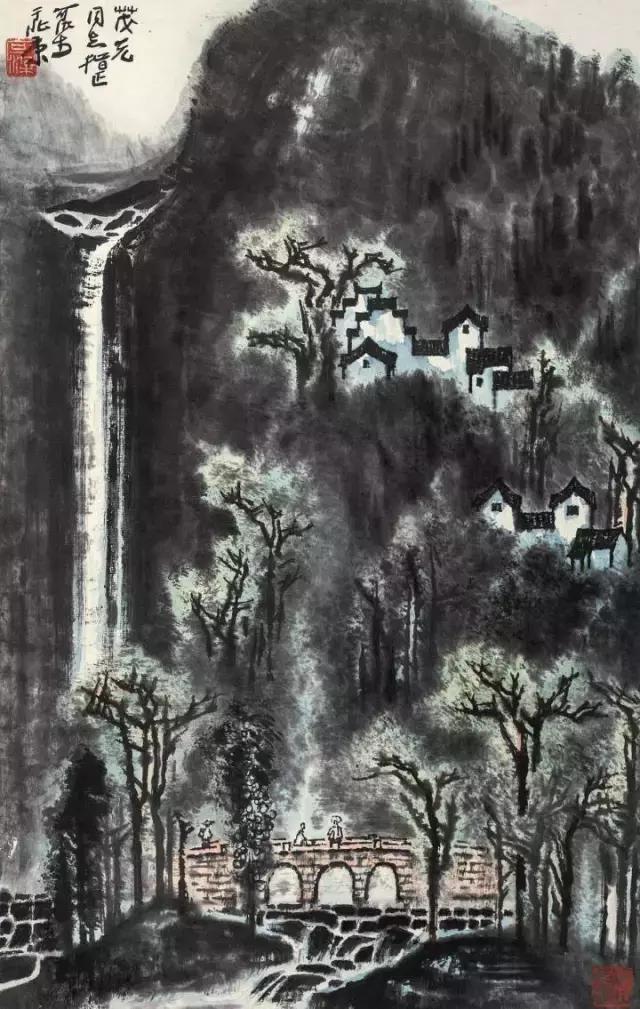
暗教愁损兰成，可怜夜夜关情。